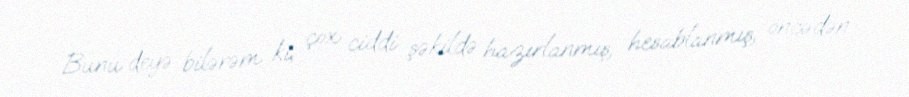
Bunu deyə bilərəm ki, çox ciddi şəkildə hazırlanmış, hesablanmış, öncədən